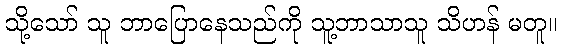
သို့သော် သူ ဘာပြောနေသည်ကို သူ့ဘာသာသူ သိဟန် မတူ။